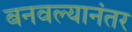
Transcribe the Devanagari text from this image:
बनवल्यानंतर